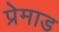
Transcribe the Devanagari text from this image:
प्रेमाड